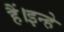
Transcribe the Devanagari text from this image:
हैं।इन्हे